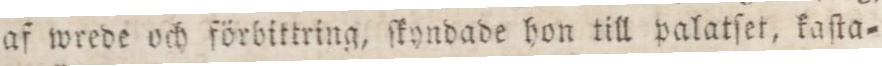
af wrede och förbittring, ſkyndade hon till palatſet, kaſta=